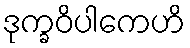
ဒုက္ခဝိပါကေဟိ